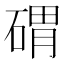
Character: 𱴚